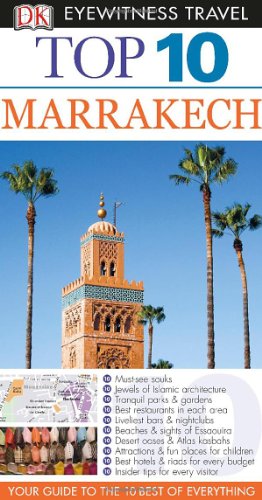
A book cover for Top 10 Marrakech (Eyewitness Top 10 Travel Guide); DK Publishing; Travel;